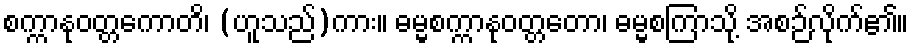
စက္ကာနုဝတ္တကောတိ၊ (ဟူသည်)ကား။ ဓမ္မစက္ကာနုဝတ္တတော၊ ဓမ္မစကြာသို့ အစဉ်လိုက်၏။